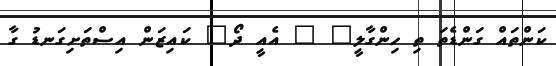
ކަންތައް ގަންޑެތަ ތި ހިންގާލީ" " އެއީ ދޯ" ކައިޒަން އިސްތަށިގަނޑު ގާ